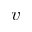
v